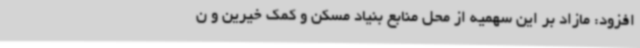
افزود: مازاد بر این سهمیه از محل منابع بنیاد مسکن و کمک خیرین و ن